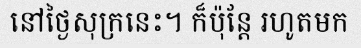
នៅថ្ងៃសុក្រនេះ។ ក៏ប៉ុន្តែ រហូតមក